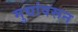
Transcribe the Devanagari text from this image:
मुद्यांवरून